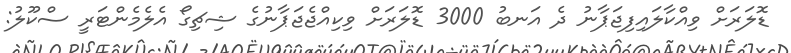
ޑޮލަރަށް ވިއްކާލައިފިޖަޕާނު ދެ އަނބު 3000 ޑޮލަރަށް ވިކިއްޖެޖަޕާނުގެ ޝިޗިގޯ އެލެމެންޓަރީ ސްކޫލު: